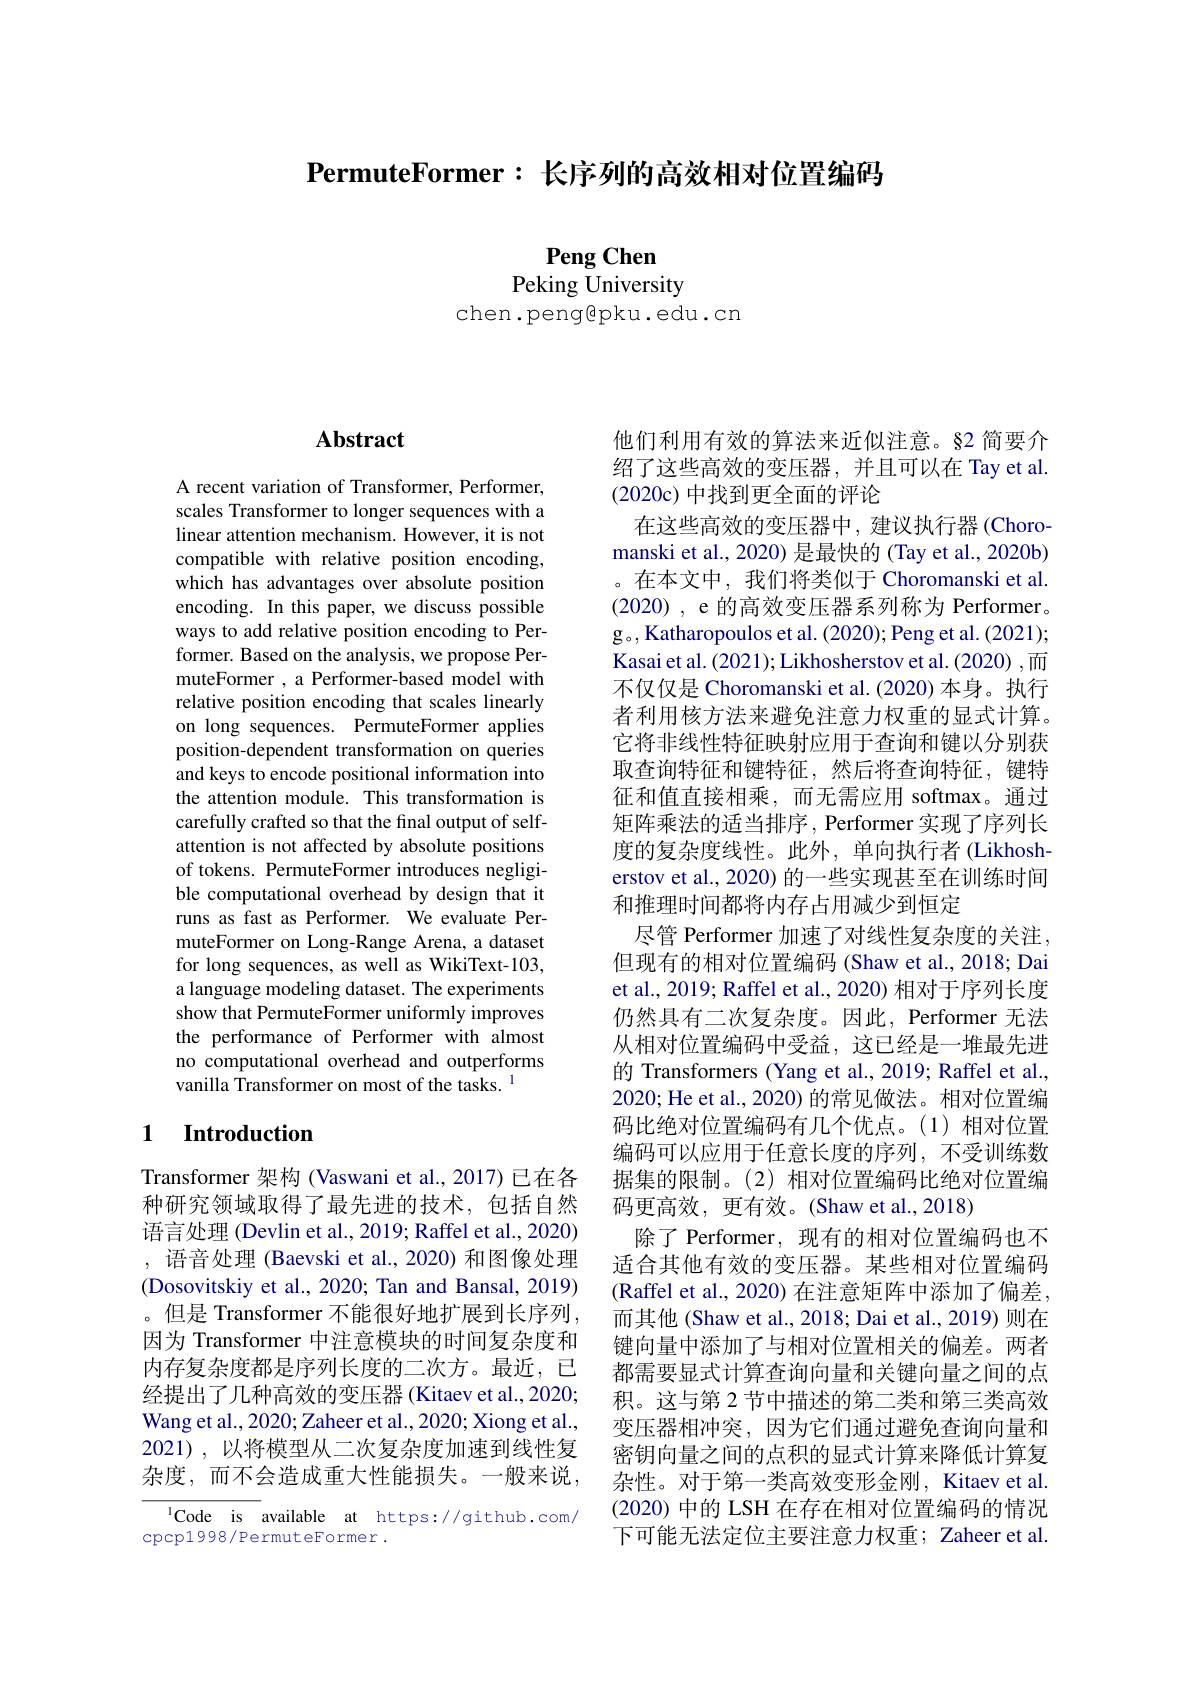
$\textbf{PermuteFormer: 长 序 列 的 高 效 相 对 位 置 编 码 }$

$\mathbf{PengChen}$

Peking University
chen.peng@pku.edu.cn

## $\mathbf{Abstract}$

A recent variation of Transformer, Performer, scales Transformer to longer sequences with a linear attention mechanism. However, it is not compatible with relative position encoding, which has advantages over absolute position encoding. In this paper, we discuss possible ways to add relative position encoding to Performer. Based on the analysis, we propose PermuteFormer , a Performer-based model with relative position encoding that scales linearly on long sequences. PermuteFormer applies position-dependent transformation on queries and keys to encode positional information into the attention module. This transformation is carefully crafted so that the final output of selfattention is not affected by absolute positions of tokens. PermuteFormer introduces negligible computational overhead by design that it runs as fast as Performer. W muteFormer on Long-Range Arena, a dataset for long sequences, as well as WikiText-103, a language modeling dataset. The experiments show that PermuteFormer uniformly improves the performance of Performer with almost no computational overhead and outperforms vanilla Transformer on most of the tasks. 1

## 1 $\textbf{Introduction}$

Transformer 架构 (Vaswani et al., 2017) 已在各种研究领域取得了最先进的技术，包括自然语言处理 (Devlin et al., 2019; Raffel et al., 2020) ,语音处理 (Baevski et al., 2020) 和图像处理(Dosovitskiy et al., 2020; Tan and Bansal, 2019) 。但是 Transformer 不能很好地扩展到长序列， 因为 Transformer 中注意模块的时间复杂度和内存复杂度都是序列长度的二次方。最近，已经提出了几种高效的变压器(Kitaev et al., 2020; Wang et al., 2020; Zaheer et al., 2020; Xiong et al., 2021),以将模型从二次复杂度加速到线性复杂度，而不会造成重大性能损失。一般来说，

$^{1}$Code is available at h
cpcp1998/PermuteFormer.

他们利用有效的算法来近似注意。§2 简要介绍了这些高效的变压器，并且可以在 Tay et al. (2020c) 中找到更全面的评论
在这些高效的变压器中，建议执行器(Choromanski et al., 2020) 是最快的 (Tay et al., 2020b) 。在本文中，我们将类似于 Choromanski et al. (2020) , $e$ 的高效变压器系列称为 $Performer$。g。, Katharopoulos et al. (2020); Peng et al. (2021); Kasai et al. (2021); Likhosherstov et al. (2020) ,而不仅仅是 Choromanski et al. (2020) 本身。执行者利用核方法来避免注意力权重的显式计算。它将非线性特征映射应用于查询和键以分别获取查询特征和键特征，然后将查询特征，键特征和值直接相乘，而无需应用 softmax。通过矩阵乘法的适当排序，Performer 实现了序列长度的复杂度线性。此外，单向执行者(Likhosh-) erstov et al., 2020) 的一些实现甚至在训练时间和推理时间都将内存占用减少到恒定
尽管 Performer 加速了对线性复杂度的关注， 但现有的相对位置编码 (Shaw et al., 2018; Dai et al., 2019; Raffel et al., 2020) 相对于序列长度仍然具有二次复杂度。因此，Performer 无法从相对位置编码中受益，这已经是一堆最先进的 Transformers (Yang et al., 2019; Raffel et al., 2020; He et al., 2020) 的常见做法码比绝对位置编码有几个优点。(1)相对位置编码可以应用于任意长度的序列，不受训练数据集的限制。(2)相对位置编码比绝对位置编码更高效，更有效。(Shaw et al.,2018)
除了 Performer, 现有的相对位置编码也不适合其他有效的变压器。某些相对位置编码(Raffel et al., 2020) 在注意矩阵中添加了偏差。而其他 (Shaw et al., 2018; Dai et al., 2019) 则在键向量中添加了与相对位置相关的偏差。两者都需要显式计算查询向量和关键向量之间的点积。这与第 2 节中描述的第二类和第三类高效变压器相冲突，因为它们通过避免查询向量和密钥向量之间的点积的显式计算来降低计算复杂性。对于第一类高效变形金刚，Kitaev et al (2020) 中的 LSH 在存在相对位置编码的情况下可能无法定位主要注意力权重；Zaheer et al.